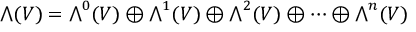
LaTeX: { \textstyle \bigwedge } ( V ) = { \textstyle \bigwedge } ^ { 0 } ( V ) \oplus { \textstyle \bigwedge } ^ { 1 } ( V ) \oplus { \textstyle \bigwedge } ^ { 2 } ( V ) \oplus \cdots \oplus { \textstyle \bigwedge } ^ { n } ( V )